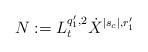
LaTeX: \begin{align*}N := L_t^{q_1',2}\dot X^{|s_c|,r_1'}\end{align*}